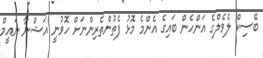
ބޭސިކް ލެވެލްގެ އަންހެން ބައިގެ އެންމެ މޮޅު ފެތުންތެރިންނަށް ހޮވުނީ އަޝްނާ ނައީމް